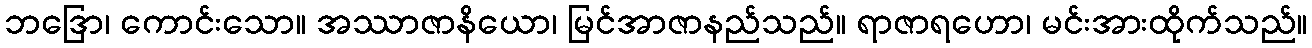
ဘဒြော၊ ကောင်းသော။ အဿာဇာနိယော၊ မြင်အာဇာနည်သည်။ ရာဇာရဟော၊ မင်းအားထိုက်သည်။